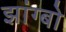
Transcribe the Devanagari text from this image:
झांग्बो